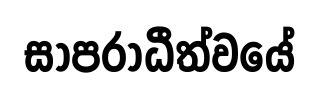
සාපරාධීත්වයේ